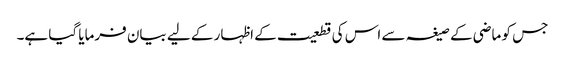
جس کو ماضی کے صیغہ سے اس کی قطعیت کے اظہار کے لیے بیان فرمایا گیا ہے۔